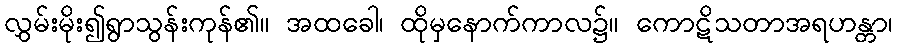
လွှမ်းမိုး၍ရွာသွန်းကုန်၏။ အထခေါ၊ ထိုမှနောက်ကာလ၌။ ကောဋိသတာအရဟန္တာ၊